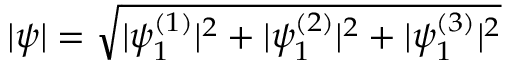
| \psi | = \sqrt { | \psi _ { 1 } ^ { ( 1 ) } | ^ { 2 } + | \psi _ { 1 } ^ { ( 2 ) } | ^ { 2 } + | \psi _ { 1 } ^ { ( 3 ) } | ^ { 2 } }